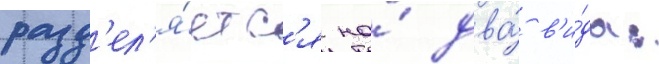
разд'ел'я́етс'я на́ два́ в'и́да: